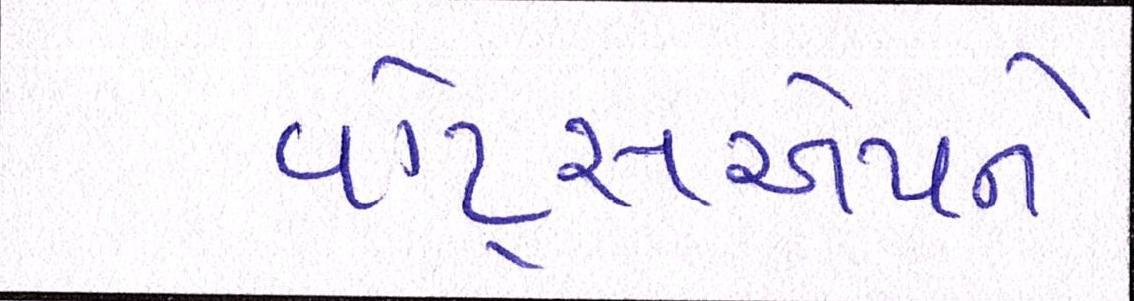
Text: વૉટ્સએપને